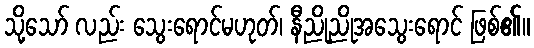
သို့သော် လည်း သွေးရောင်မဟုတ်၊ နီညိုညိုအသွေးရောင် ဖြစ်၏။